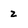
Character: z